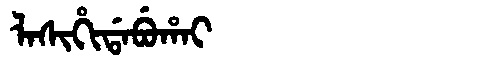
Manchu: ᠯᠠᠰᡳᡥᡳᡩᠠᠪᡠᡥᠠᡳ
Romanization: LASIHIDABUHAI